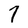
Character: 7